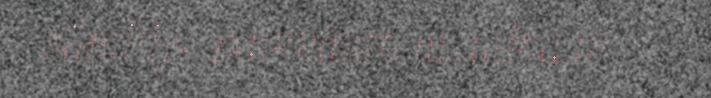
sämitige pálkkááttemvuáháduv